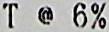
T @ 6%